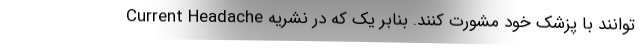
توانند با پزشک خود مشورت کنند. بنابر یک که در نشریه Current Headache